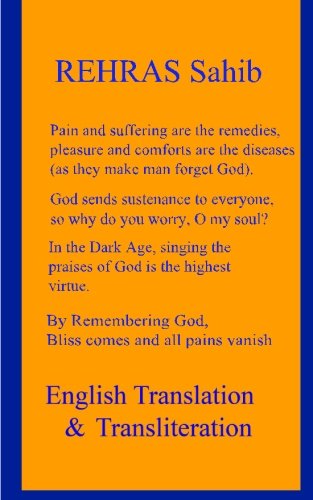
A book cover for Rehras Sahib - English Translation and Transliteration: Sikh Religion Prayer, Holy Scriptures; God Almighty; Religion & Spirituality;